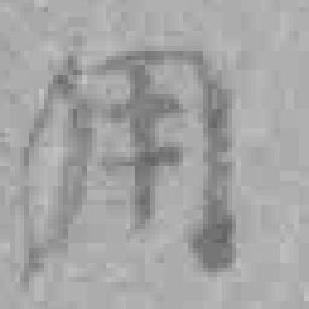
用